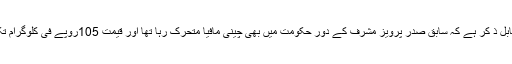
یہاں یہ امر بھی قابل ذ کر ہے کہ سابق صدر پرویز مشرف کے دور حکومت میں بھی چینی مافیا متحرک رہا تھا اور قیمت 105روپے فی کلوگرام تک جا پہنچی تھیں۔